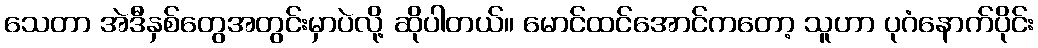
သေတာ အဲဒီနှစ်တွေအတွင်းမှာပဲလို့ ဆိုပါတယ်။ မောင်ထင်အောင်ကတော့ သူဟာ ပုဂံနောက်ပိုင်း